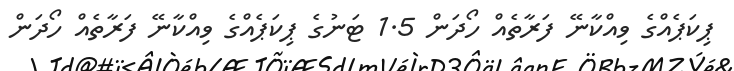
ޕިކަޕެއްގެ ވިއްކާނޭ ފަރާތެއް ހޯދަން 1.5 ޓަނުގެ ޕިކަޕެއްގެ ވިއްކާނޭ ފަރާތެއް ހޯދަން